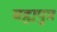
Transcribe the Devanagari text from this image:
बह्मपुत्र